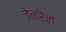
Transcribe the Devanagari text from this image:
जेनरेल